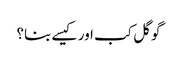
گوگل کب اور کیسے بنا؟